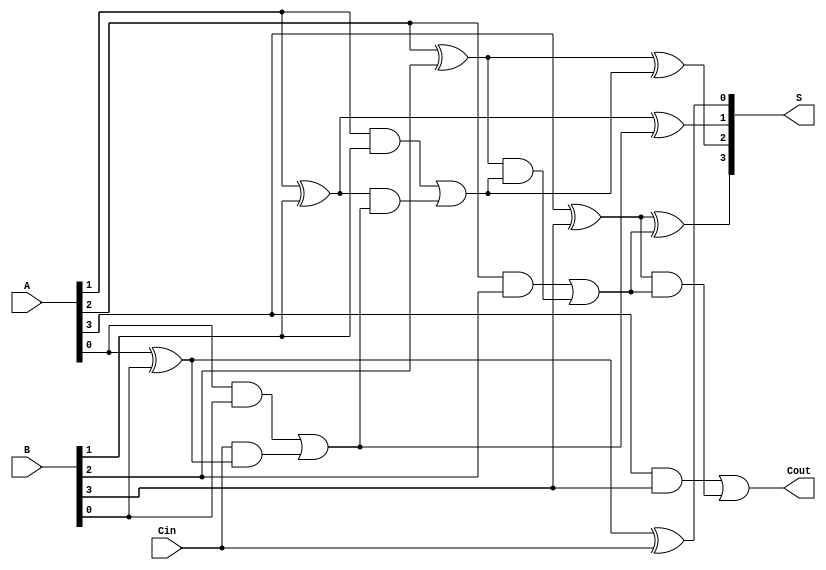
module conditional_sum_adder #(parameter N = 4) (
    input  [N-1:0] A,      // First n-bit input
    input  [N-1:0] B,      // Second n-bit input
    input          Cin,     // Carry-in
    output [N-1:0] S,      // n-bit sum output
    output         Cout     // Carry-out
);

    wire [N:0] carry;       // Carry signals
    wire [N-1:0] sum;       // Intermediate sum signals
    wire [N-1:0] p;         // Propagate signals
    wire [N-1:0] g;         // Generate signals

    // Generate and propagate signals
    genvar i;
    generate
        for (i = 0; i < N; i = i + 1) begin : gen_prop
            assign p[i] = A[i] ^ B[i]; // Propagate
            assign g[i] = A[i] & B[i]; // Generate
        end
    endgenerate

    // Half Adder for the least significant bit
    assign sum[0] = A[0] ^ B[0] ^ Cin; // Sum for LSB
    assign carry[0] = (A[0] & B[0]) | (Cin & (A[0] ^ B[0])); // Carry for LSB

    // Full Adders for the remaining bits
    generate
        for (i = 1; i < N; i = i + 1) begin : full_adders
            assign sum[i] = p[i] ^ carry[i-1]; // Sum for each bit
            assign carry[i] = g[i] | (p[i] & carry[i-1]); // Carry for each bit
        end
    endgenerate

    // Final carry-out
    assign Cout = carry[N-1];

    // Assign output sum
    assign S = sum;

endmodule